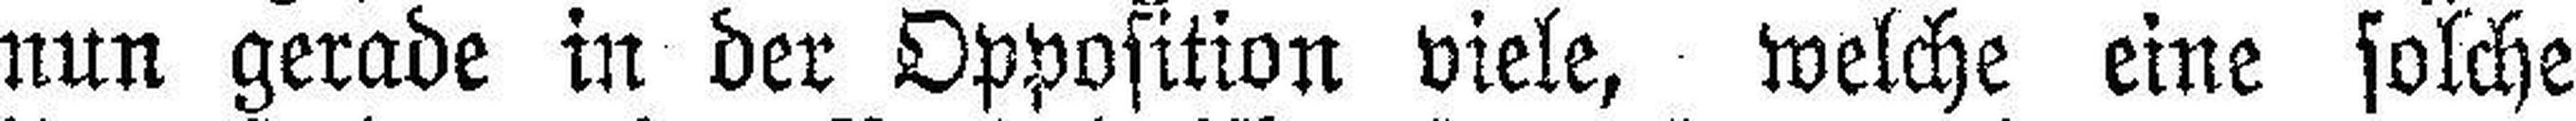
nun gerade in der Opposition viele, welche eine solche